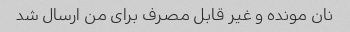
نان مونده و غیر قابل مصرف برای من ارسال شد